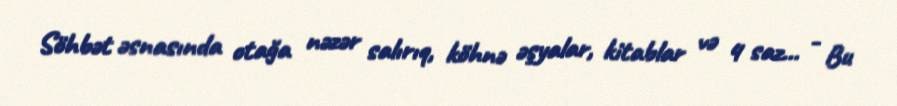
Söhbət əsnasında otağa nəzər salırıq, köhnə əşyalar, kitablar və 4 saz... - Bu